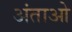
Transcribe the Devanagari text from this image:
अंताओ